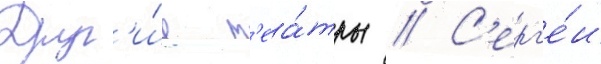
Друг'и́е т'еа́тры // С'ерг'е́и